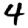
Digit: 4